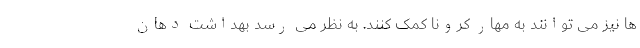
ها نیز می توانند به مهار کرونا کمک کنند. به نظر می رسد بهداشت دهان